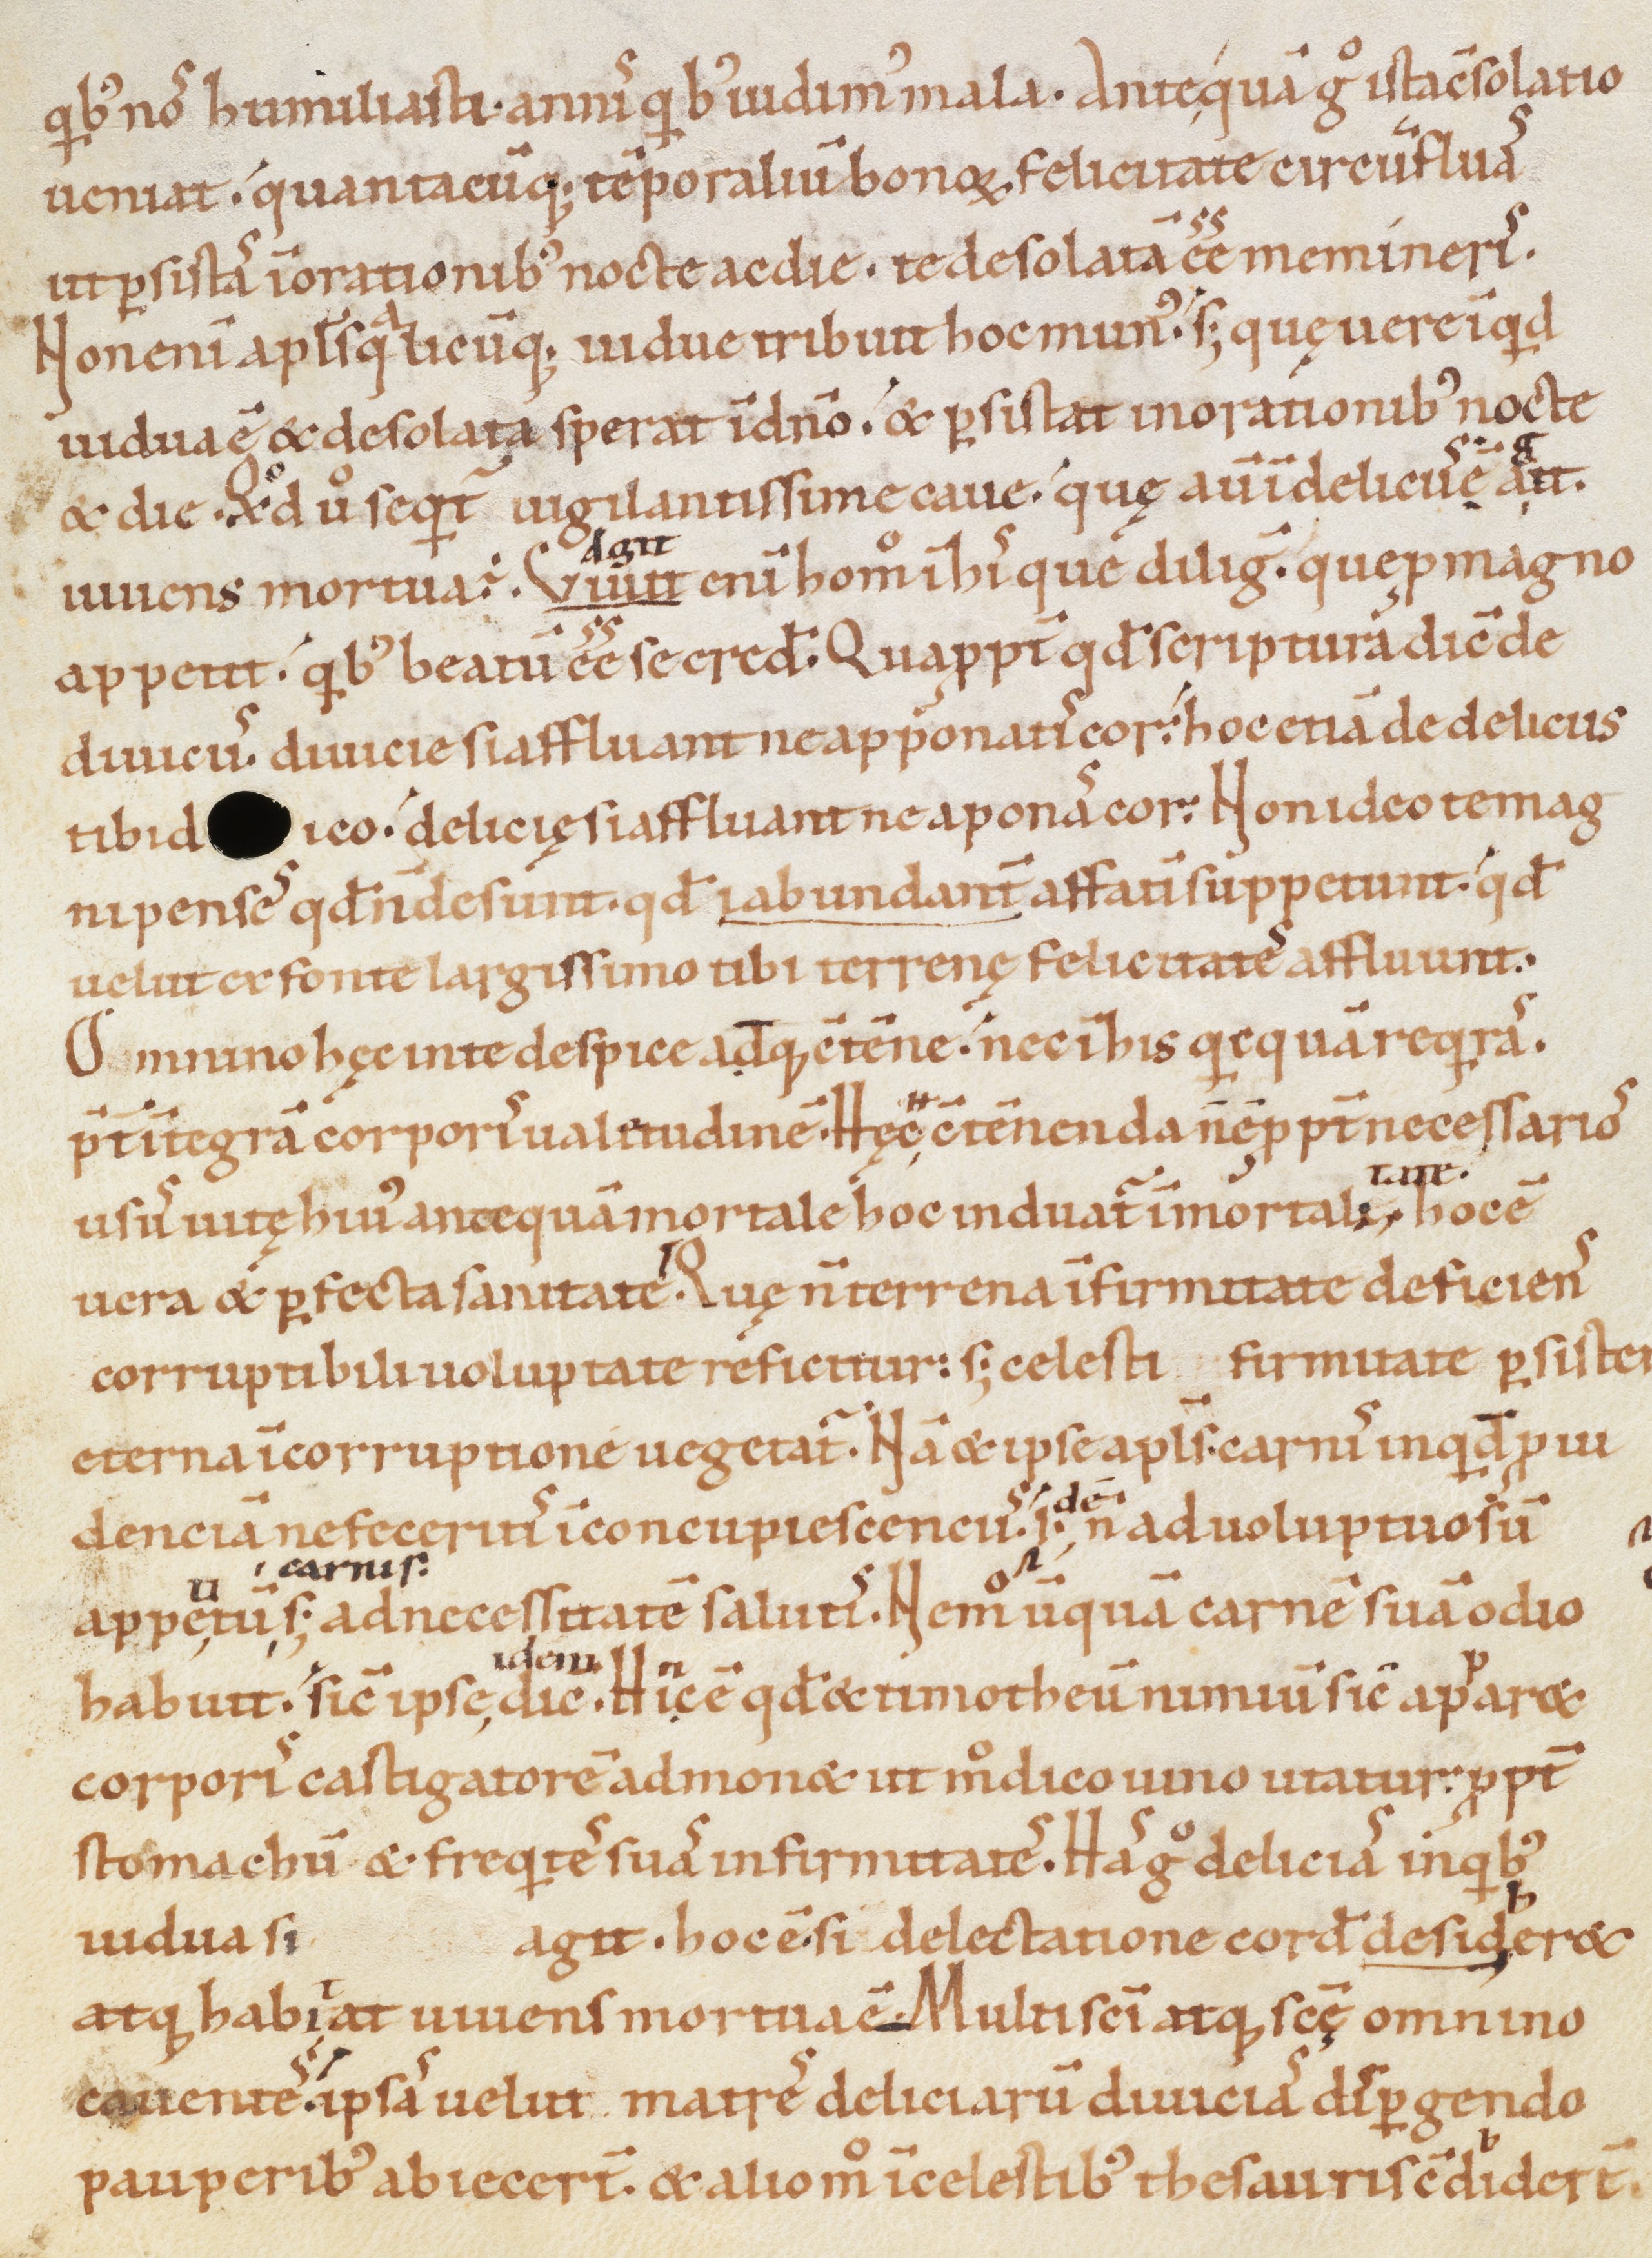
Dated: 1080–1096